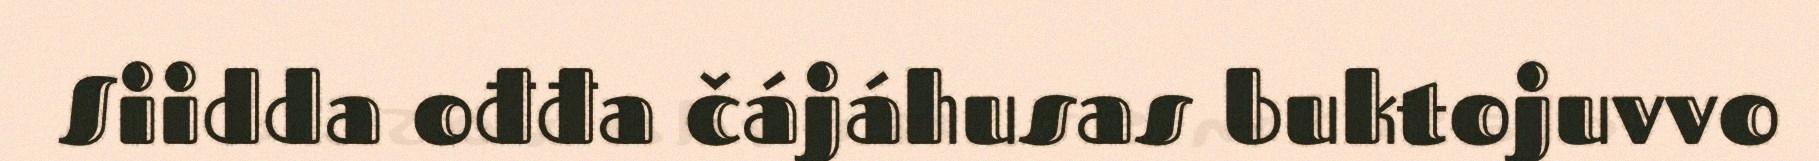
Siidda ođđa čájáhusas buktojuvvo